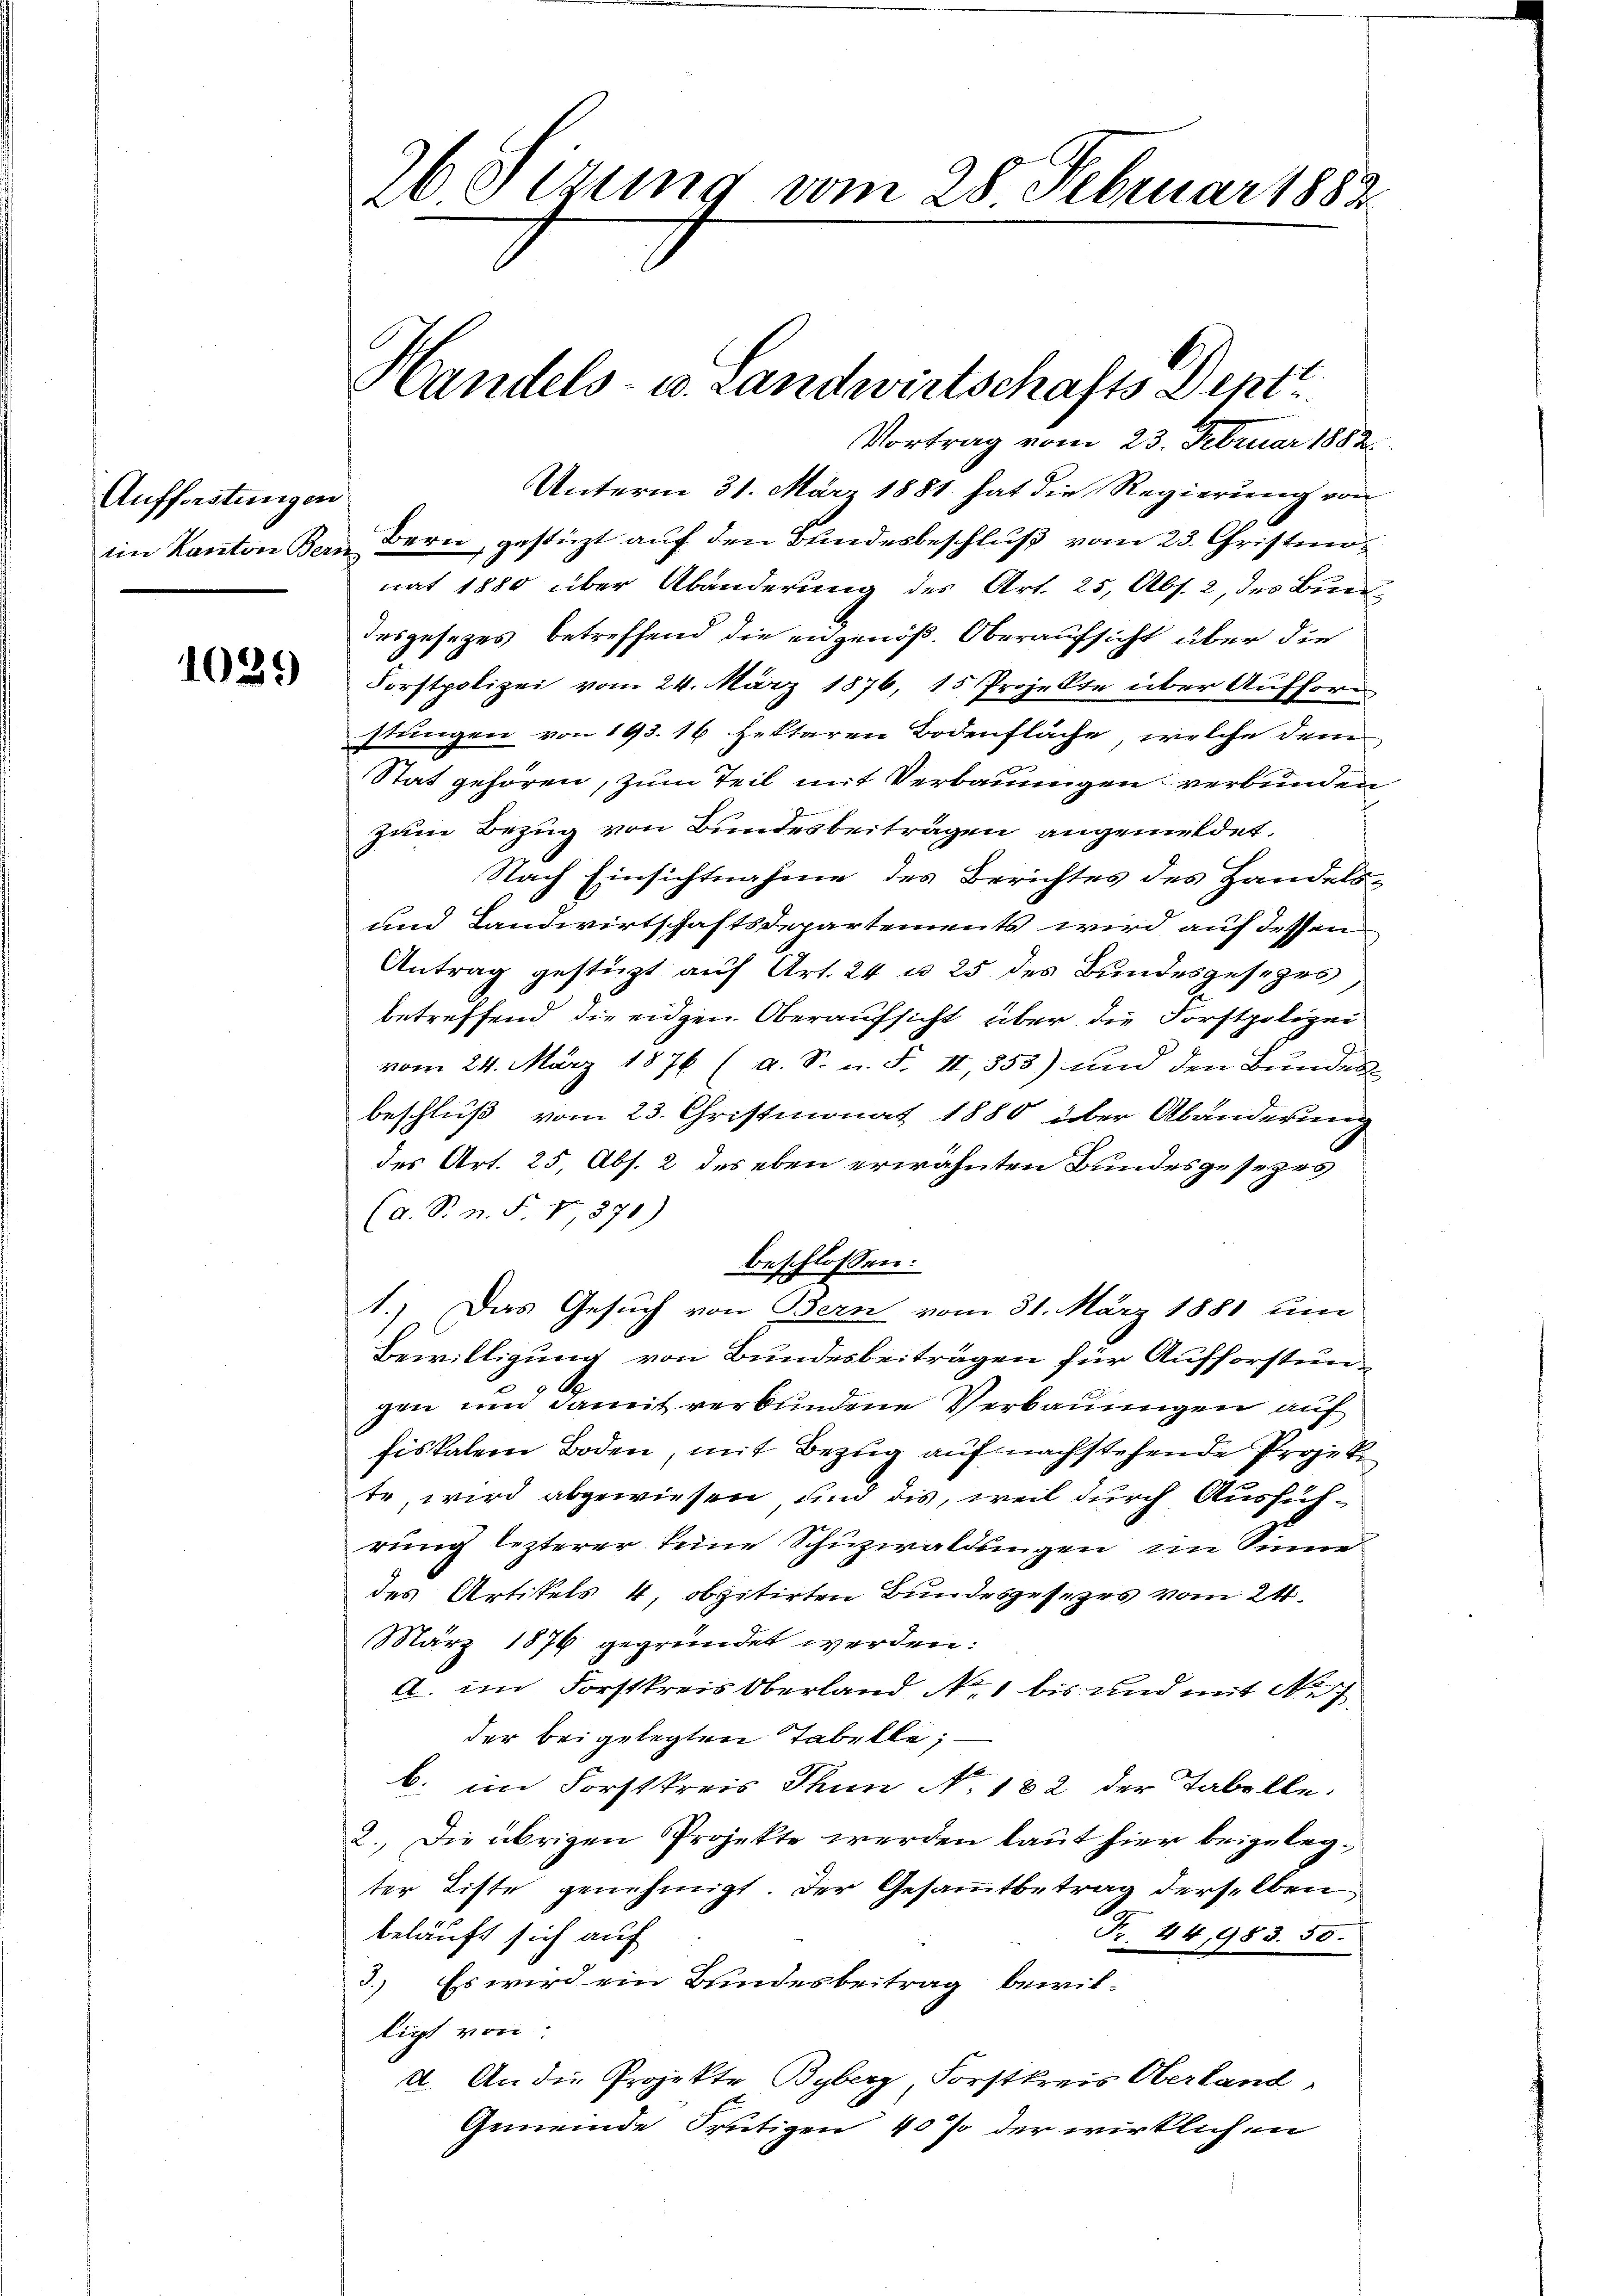
Aufforstungen
eim Kanton Bern

1029

Vortrag vom 23. Februar 1882
Unterm 31. März 1881 hat die Regierung von
Bern, gestüzt auf den Bundesbeschluß vom 23. Christun
nat 1880 über Abänderung des Art. 25, Abs. 2, des Bund
desgesezes betreffend die eigenöß. Oberaufsicht über die
Forstpolizei vom 24. März 1876, 15 Projekte über Auffor
stungen von 193. 16 fettaren Bodenfläche, welche dem
Stat gehören, zum Teil mit Verbauungen verbunden,
zum Bezug von Bundesbeiträgen angemeldet.
Nach Einsichtnahme des Berichtes des Handels¬
und Landwirtschaftsdepartements wird auf dessen
Antrag gestüzt auf Art. 24 u. 25 des Bundesgesezes
betreffend die eidgen Oberaufsicht über die Forstpolizei
vom 24. März 1876 (a. S. u. F. II 353) und den Bundes
beschluß vom 23. Christmonat 1880 über Abänderung
des Art. 25, Abs. 2 des eben erwähnten Bundesgesezes
(a. S. n. F. VI, 891)
beschlossen:
1.) Das Gesuch von Bern vom 31. März 1881 um
Bewilligung von Bundesbeiträgen für Aufforstungen um damit verbundene Verbauungen auf
fiskalem Boden, mit Bezug auf nachstehende Projek
te wird abgewiesen und dis, weil durch Ausführung lezterer keine Schuzwaldungen im Sinne
des Artikels 4, obzitirten Bundesgesezes vom 24.
März 1876 gegründet werden:
A. im Forstkreis Oberland Nr. 1 bis und mit N
der beigelegten Tabelle;
b. im Forstkreis Thun No 132 der Tabelle.
2. Die übrigen Projekte werden laut hier beigelegter Liste genehmigt. Der Gesammtbetrag derselben
.
F. 44, 983. 50.
beläuft sich auf
3.) Es wird ein Bundesbeitrag bewil-
ligt von
d. An die Projekte Byberg, Forstkreis Oberland,
Gemeinde Frutigen 40% der wirklichen

26 Sezung vom 28. Februar 1882.

Handels- u. Landwirtschafts Dent